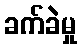
ခက်ခဲမှု